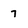
Character: 7